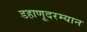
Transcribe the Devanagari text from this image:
डहाणूदरम्यान